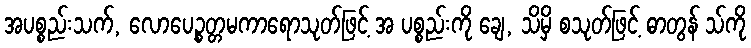
အပစ္စည်းသက်, လောပေဉ္စတ္တမကာရောသုတ်ဖြင့် အ ပစ္စည်းကို ချေ, သိမှိ စသုတ်ဖြင့် ဓာတွန် သ်ကို